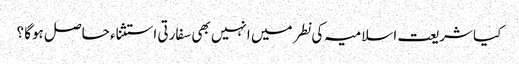
کیا شریعت اسلامیہ کی نطر میں انہیں بھی سفارتی استثناء حاصل ہوگا ؟